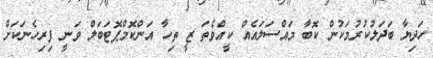
ހަދިޔާ ބަދަލުކުރުމަކުން ކޮބާ މައްސަލައެއް ކީއްވެތަ ޒީ ތިހާ އަންކޮމްޕޮޓަބަލް ވަނީ ފިރިހެނަކަށް